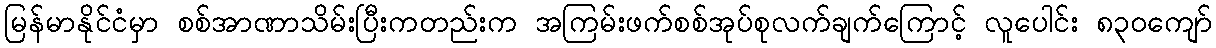
မြန်မာနိုင်ငံမှာ စစ်အာဏာသိမ်းပြီးကတည်းက အကြမ်းဖက်စစ်အုပ်စုလက်ချက်ကြောင့် လူပေါင်း ၈၃၀ကျော်